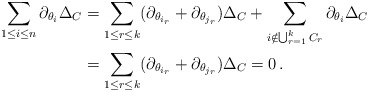
\begin{align*} \sum_{1\le i\le n} \partial_{\theta_i}\Delta_C&=\sum_{1\le r\le k} (\partial_{\theta_{i_r}}+\partial_{\theta_{j_r}})\Delta_C + \sum_{i\notin \bigcup_{r=1}^k C_r} \partial_{\theta_i}\Delta_C\\ &=\sum_{1\le r\le k} (\partial_{\theta_{i_r}}+\partial_{\theta_{j_r}})\Delta_C =0\,. \end{align*}